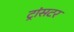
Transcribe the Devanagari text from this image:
ट्रांसटर